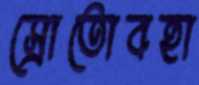
স্রোতোবহা